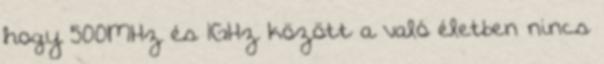
hogy 500MHz és 1GHz között a való életben nincs